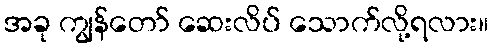
အခု ကျွန်တော် ဆေးလိပ် သောက်လို့ရလား။